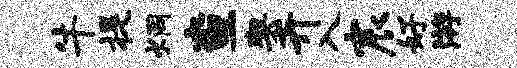
牛提炯查契卉入宸好游